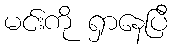
မင်းကို ရှာနေပြီ